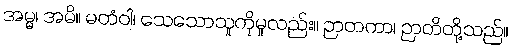
အမ္မ၊ အမိ။ မတံဝါ၊ သေသောသူကိုမူလည်း။ ဉာတကာ၊ ဉာတိတို့သည်။